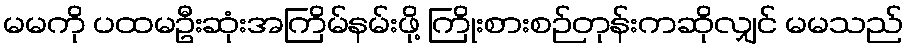
မမကို ပထမဦးဆုံးအကြိမ်နမ်းဖို့ ကြိုးစားစဉ်တုန်းကဆိုလျှင် မမသည်